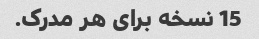
15 نسخه برای هر مدرک.